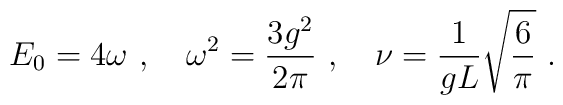
E_{0} = 4 \omega \ , \quad \omega^{2} = \frac{3g^{2}}{2\pi} \ , \quad\nu = \frac{1}{gL} \sqrt{\frac{6}{\pi}} \ .